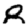
Digit: 8